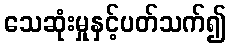
သေဆုံးမှုနှင့်ပတ်သက်၍